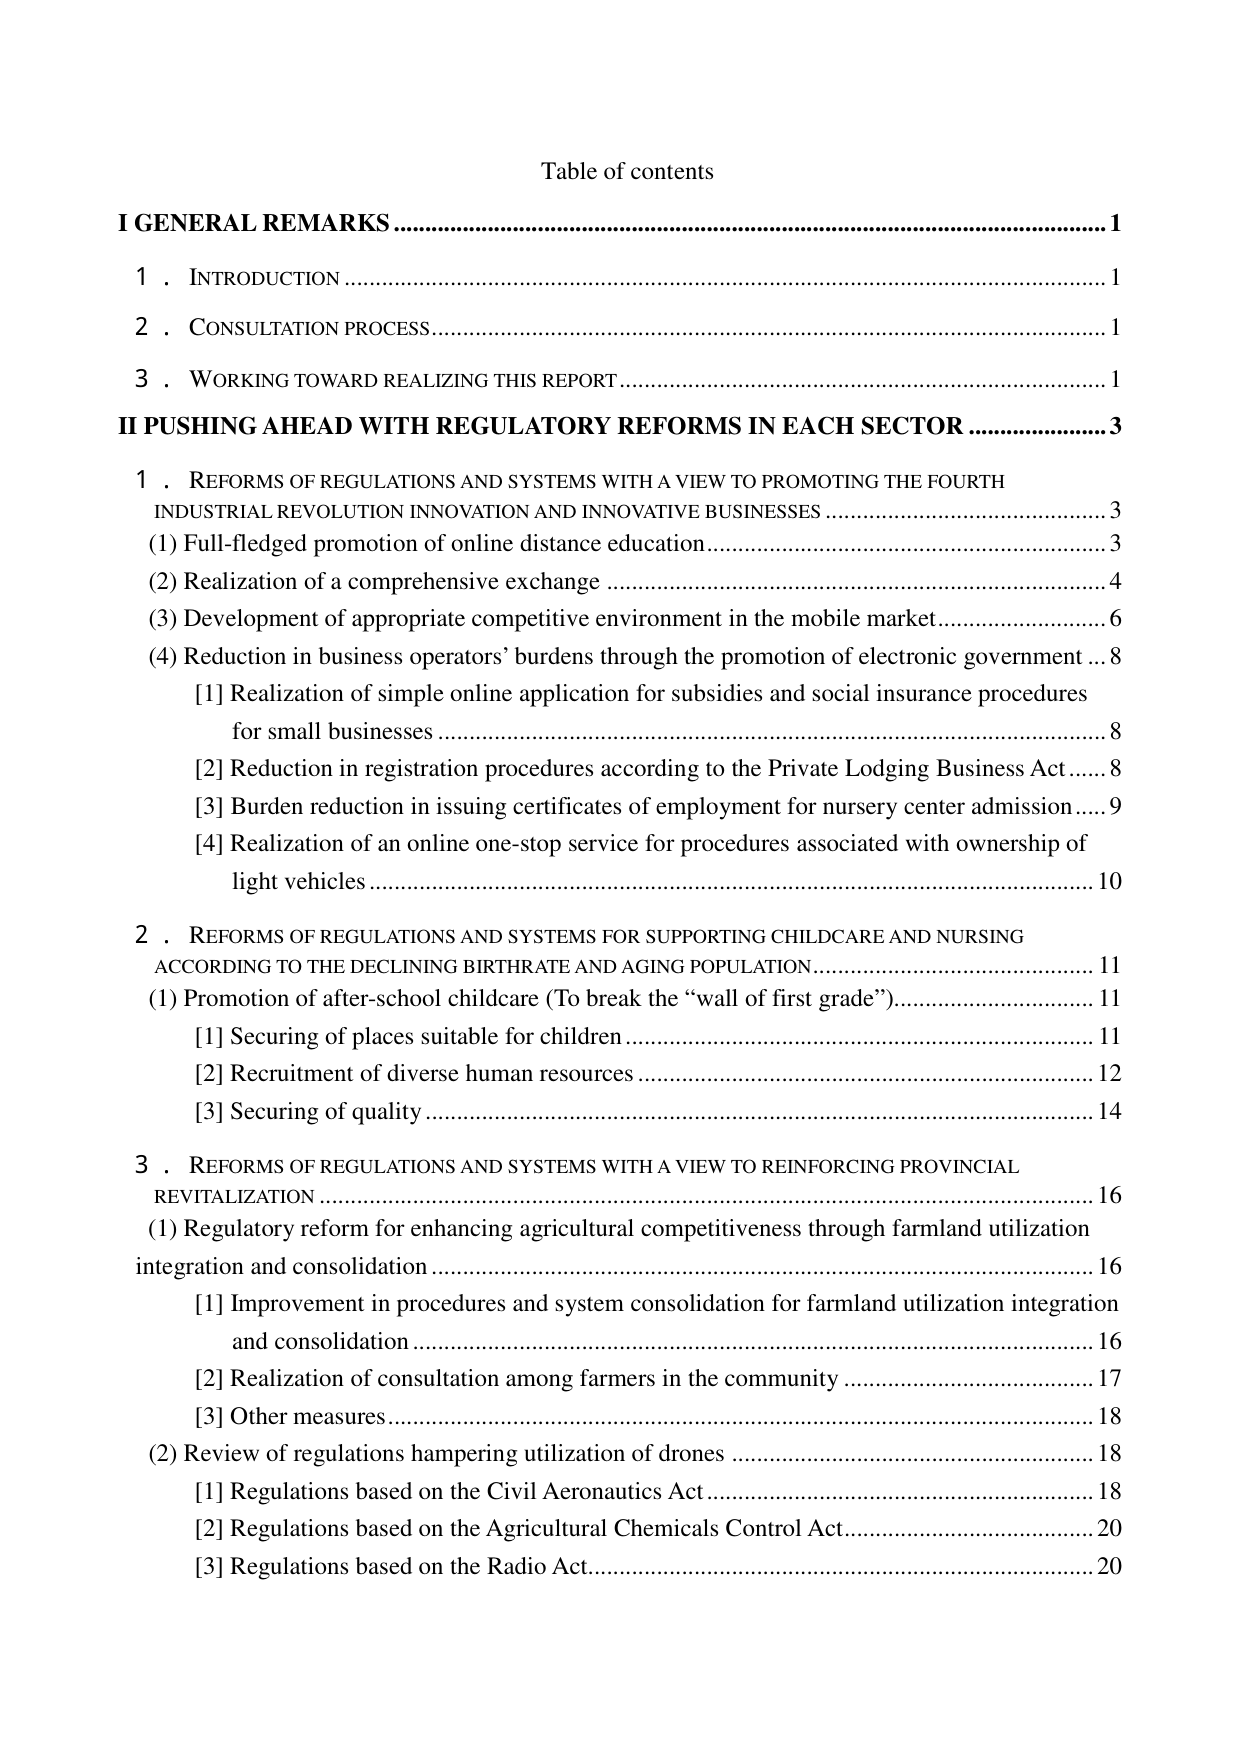
Table of contents

I GENERAL REMARKS................................................................................................................... 1
1. INTRODUCTION................................................................................................................... 1
2. CONSULTATION PROCESS................................................................................................... 1
3. WORKING TOWARD REALIZING THIS REPORT.............................................................. 1

II PUSHING AHEAD WITH REGULATORY REFORMS IN EACH SECTOR........................... 3
1. REFORMS OF REGULATIONS AND SYSTEMS WITH A VIEW TO PROMOTING THE FOURTH
INDUSTRIAL REVOLUTION INNOVATION AND INNOVATIVE BUSINESSES........................... 3
(1) Full-fledged promotion of online distance education........................................................... 3
(2) Realization of a comprehensive exchange........................................................................... 4
(3) Development of appropriate competitive environment in the mobile market...................... 6
(4) Reduction in business operators’ burdens through the promotion of electronic government... 8
[1] Realization of simple online application for subsidies and social insurance procedures
for small businesses................................................................................................................ 8
[2] Reduction in registration procedures according to the Private Lodging Business Act........ 8
[3] Burden reduction in issuing certificates of employment for nursery center admission....... 9
[4] Realization of an online one-stop service for procedures associated with ownership of
light vehicles........................................................................................................................... 10

2. REFORMS OF REGULATIONS AND SYSTEMS FOR SUPPORTING CHILDCARE AND NURSING
ACCORDING TO THE DECLINING BIRTHRATE AND AGING POPULATION....................... 11
(1) Promotion of after-school childcare (To break the “wall of first grade”)........................... 11
[1] Securing of places suitable for children............................................................................. 11
[2] Recruitment of diverse human resources.......................................................................... 12
[3] Securing of quality........................................................................................................... 14

3. REFORMS OF REGULATIONS AND SYSTEMS WITH A VIEW TO REINFORCING PROVINCIAL
REVITALIZATION................................................................................................................... 16
(1) Regulatory reform for enhancing agricultural competitiveness through farmland utilization
integration and consolidation................................................................................................... 16
[1] Improvement in procedures and system consolidation for farmland utilization integration
and consolidation................................................................................................................... 16
[2] Realization of consultation among farmers in the community........................................... 17
[3] Other measures................................................................................................................ 18
(2) Review of regulations hampering utilization of drones...................................................... 18
[1] Regulations based on the Civil Aeronautics Act................................................................ 18
[2] Regulations based on the Agricultural Chemicals Control Act.......................................... 20
[3] Regulations based on the Radio Act................................................................................ 20